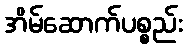
အိမ်ဆောက်ပစ္စည်း